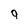
Character: 9